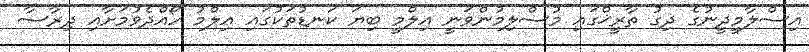
އިސްލާމީދީނުގެ ދިގު ތާރީޚްގައި މުސްލިމުންވަނީ އިލްމީ ބިޔަ ކަނޑުތަކުގައި ޢިލްމު ހޯއްދެވުމަށާއި ދިރާސާ